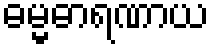
ဓမ္မဓာရဏာယ